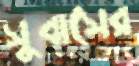
সুবাসের